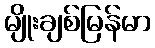
မျိုးချစ်မြန်မာ